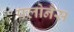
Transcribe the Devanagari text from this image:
फ्लोनैस